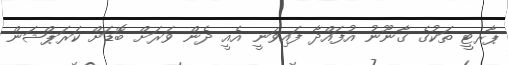
ޕާރޓީ ތަކުގެ ގާނޫނު އުފައްދާ ފައިވަނީ އެއީ ދެން ވަރަށް ބޮޑަށް ކަރަޕްޝަން